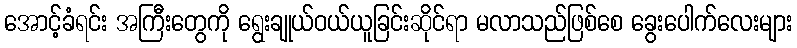
အောင့်ခံရင်း အကြီးတွေကို ရွေးချုယ်ဝယ်ယူခြင်းဆိုင်ရာ မလာသည်ဖြစ်စေ ခွေးပေါက်လေးများ